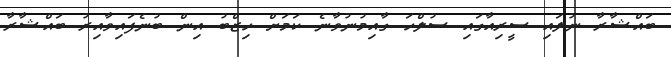
ބައްޝާރާ ނުލައި ސީރިއާގައި ސުލްހަ ގާއިމުނުވާނެ ކަމަށް ހިޒްބު އިން ބުނެފައިވާއިރު ބައްޝާރާ